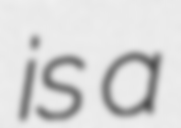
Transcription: is a